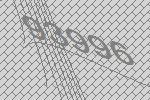
93996